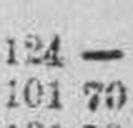
101 70